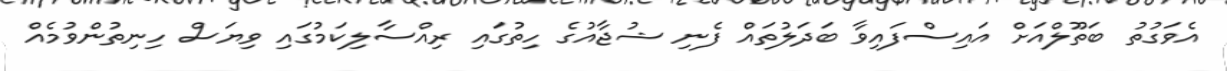
އެވަގުތު ބަތޫލްއަށް އައިސްފައިވާ ބަދަލުތައް ފެނި ޝުޖާއުގެ ހިތުގައި ރިއްސާލިކަމުގައި ވިޔަސް ހިނިތުންވުމެއް